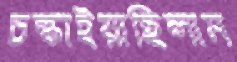
চল্‌কাইয়াছিলাম